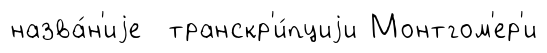
назва́н'иjе транскр'и́пциjи Монтгом'ер'и